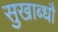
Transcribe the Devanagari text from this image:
सुखाब्धौ